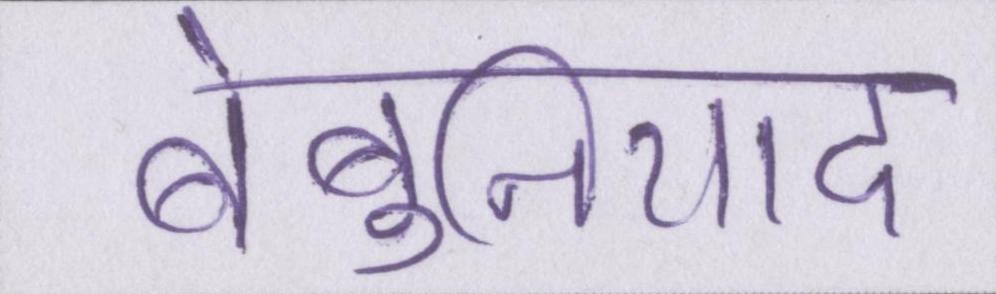
बेबुनियाद